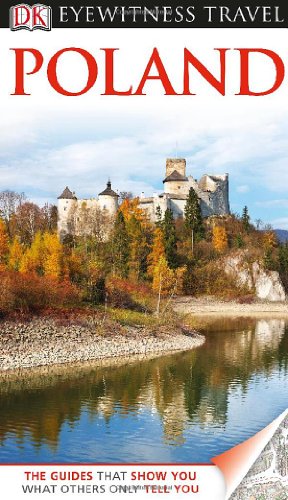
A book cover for DK Eyewitness Travel Guide: Poland; Craig Turp; Travel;